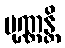
ပုဏ္ဏန္တိ